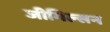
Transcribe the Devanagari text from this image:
जीगिल्सन